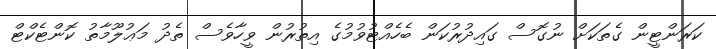
ކަރަންޓީން ގެތަކަށް ނުގޮސް ގައިދުރުކަން ބެހެއްޓުވުމުގެ އިތުރުން ވީހާވެސް ތެދު މަޢުލޫމާތު ކޮންޓެކްޓް